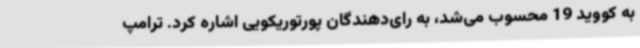
به کووید 19 محسوب می‌شد، به رای‌دهندگان پورتوریکویی اشاره کرد. ترامپ